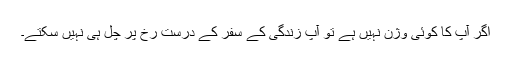
اگر آپ کا کوئی وژن نہیں ہے تو آپ زندگی کے سفر کے درست رُخ پر چل ہی نہیں سکتے۔